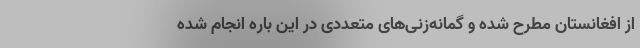
از افغانستان مطرح شده و گمانه‌زنی‌های متعددی در این باره انجام شده